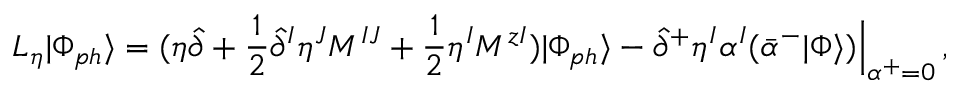
{ \cal L } _ { \eta } | \Phi _ { p h } \rangle = ( \eta \hat { \partial } + \frac { 1 } { 2 } \hat { \partial } ^ { I } \eta ^ { J } M ^ { I J } + \frac { 1 } { 2 } \eta ^ { I } M ^ { z I } ) | \Phi _ { p h } \rangle - \hat { \partial } ^ { + } \eta ^ { I } \alpha ^ { I } ( \bar { \alpha } ^ { - } | \Phi \rangle ) \Bigr | _ { \alpha ^ { + } = 0 } ^ { \vphantom { 5 p t } } \, ,